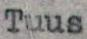
Tuus